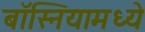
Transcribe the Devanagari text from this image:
बॉस्नियामध्ये